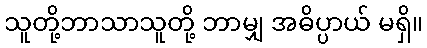
သူတို့ဘာသာသူတို့ ဘာမျှ အဓိပ္ပာယ် မရှိ။